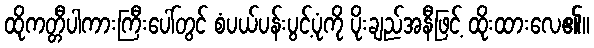
ထိုကတ္တီပါကားကြီးပေါ်တွင် စံပယ်ပန်းပွင့်ပုံကို ပိုးချည်အနီဖြင့် ထိုးထားလေ၏။